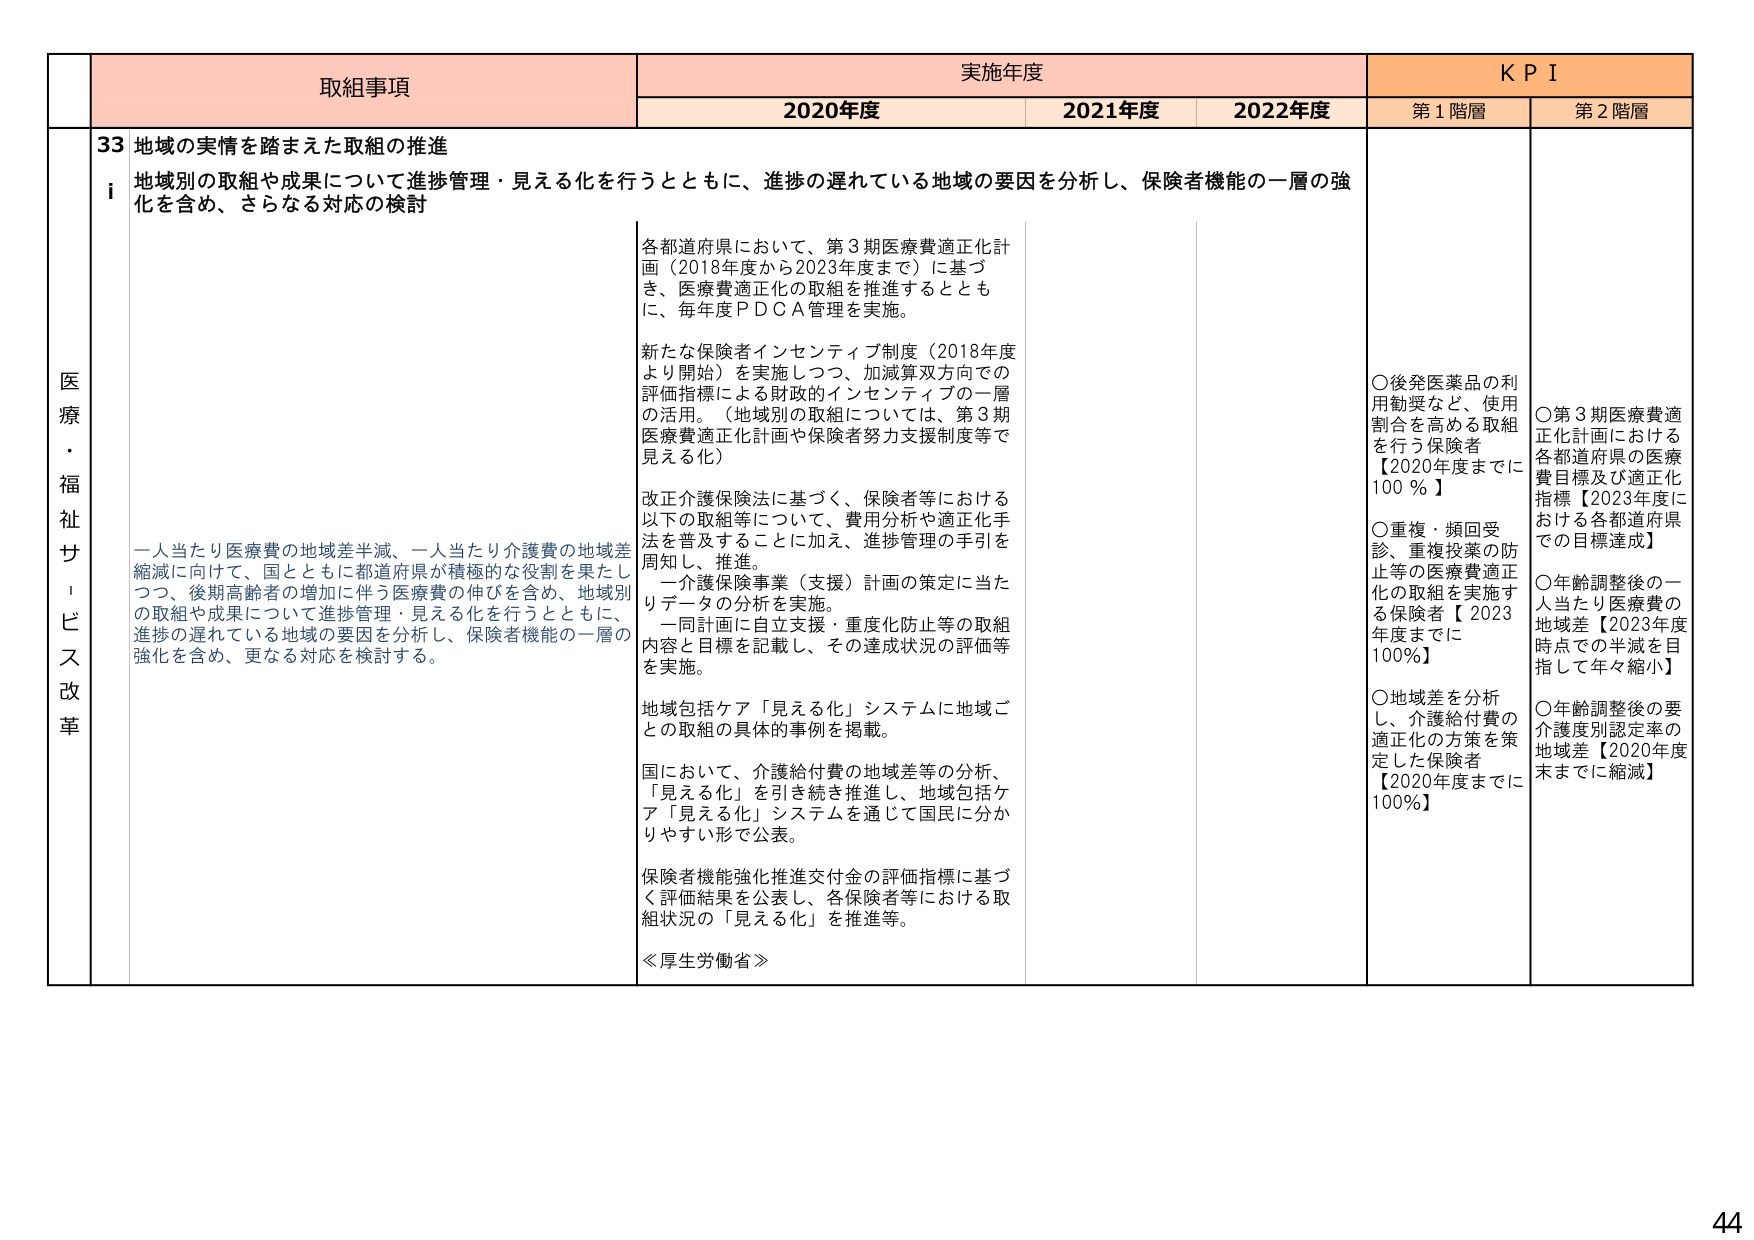
医療・福祉サービス改革

取組事項
33 地域の実情を踏まえた取組の推進
i 地域別の取組や成果について進捗管理・見える化を行うとともに、進捗の遅れている地域の要因を分析し、保険者機能の一層の強化を含め、さらなる対応の検討

一人当たり医療費の地域差半減、一人当たり介護費の地域差縮減に向けて、国とともに都道府県が積極的な役割を果たしつつ、後期高齢者の増加に伴う医療費の伸びを含め、地域別の取組や成果について進捗管理・見える化を行うとともに、進捗の遅れている地域の要因を分析し、保険者機能の一層の強化を含め、更なる対応を検討する。

実施年度
2020年度
2021年度
2022年度

各都道府県において、第3期医療費適正化計画（2018年度から2023年度まで）に基づき、医療費適正化の取組を推進するとともに、毎年度PDCA管理を実施。

新たな保険者インセンティブ制度（2018年度より開始）を実施しつつ、加減算双方向での評価指標による財政的インセンティブの一層の活用。（地域別の取組については、第3期医療費適正化計画や保険者努力支援制度等で見える化）

改正介護保険法に基づく、保険者等における以下の取組等について、費用分析や適正化手法を普及することに加え、進捗管理の手引を周知し、推進。
　一介護保険事業（支援）計画の策定に当たりデータの分析を実施。
　一同計画に自立支援・重度化防止等の取組内容と目標を記載し、その達成状況の評価等を実施。

地域包括ケア「見える化」システムに地域ごとの取組の具体的事例を掲載。

国において、介護給付費の地域差等の分析、「見える化」を引き続き推進し、地域包括ケア「見える化」システムを通じて国民に分かりやすい形で公表。

保険者機能強化推進交付金の評価指標に基づく評価結果を公表し、各保険者等における取組状況の「見える化」を推進等。

≪厚生労働省≫

KPI
第1階層
○後発医薬品の利用勧奨など、使用割合を高める取組を行う保険者【2020年度までに100％】
○重複・頻回受診、重複投薬の防止等の医療費適正化の取組を実施する保険者【2023年度までに100％】
○地域差を分析し、介護給付費の適正化の方策を策定した保険者【2020年度までに100％】

第2階層
○第3期医療費適正化計画における各都道府県の医療費目標及び適正化指標【2023年度における各都道府県での目標達成】
○年齢調整後的一人当たり医療費の地域差【2023年度時点での半減を目指して年々縮小】
○年齢調整後の要介護度別認定率の地域差【2020年度末までに縮減】

44